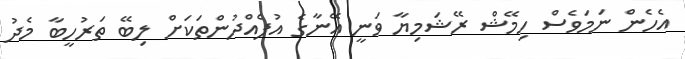
އެހެން ނަމަވެސް ހިމޭޝް ރޭޝަމިޔާ ވަނީ އޭނާގެ އުފެއްދުންތަކަށް ލިބޭ ތަރުހީބާ މެދު